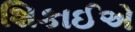
શિકાઈએ